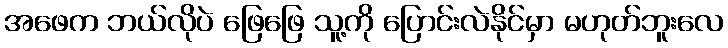
အဖေက ဘယ်လိုပဲ ဖြေဖြေ သူ့ကို ပြောင်းလဲနိုင်မှာ မဟုတ်ဘူးလေ